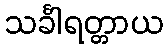
သင်္ခါရတ္တာယ